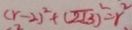
( r - 2 ) ^ { 2 } + ( 2 \sqrt { 3 } ) ^ { 2 } = r ^ { 2 }